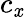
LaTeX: c_{\mathit{x}}